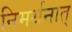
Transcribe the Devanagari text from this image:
निमर्थनात्